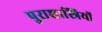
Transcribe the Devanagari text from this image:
पुराशास्त्रियों